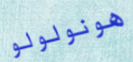
هونولولو